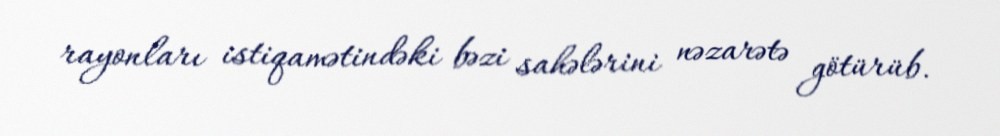
rayonları istiqamətindəki bəzi sahələrini nəzarətə götürüb.